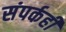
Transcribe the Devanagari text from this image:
संपर्कही